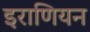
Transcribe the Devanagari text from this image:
इराणियन